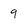
Character: 9